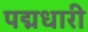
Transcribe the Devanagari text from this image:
पद्मधारी